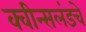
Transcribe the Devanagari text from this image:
क्वीन्सलंडचे